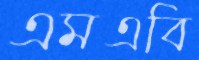
এমএবি